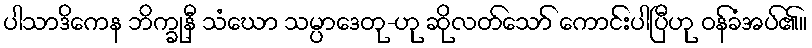
ပါသာဒိကေန ဘိက္ခုနီ သံဃော သမ္ပာဒေတု-ဟု ဆိုလတ်သော် ကောင်းပါပြီဟု ဝန်ခံအပ်၏။